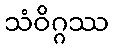
သံဝိဂ္ဂဿ